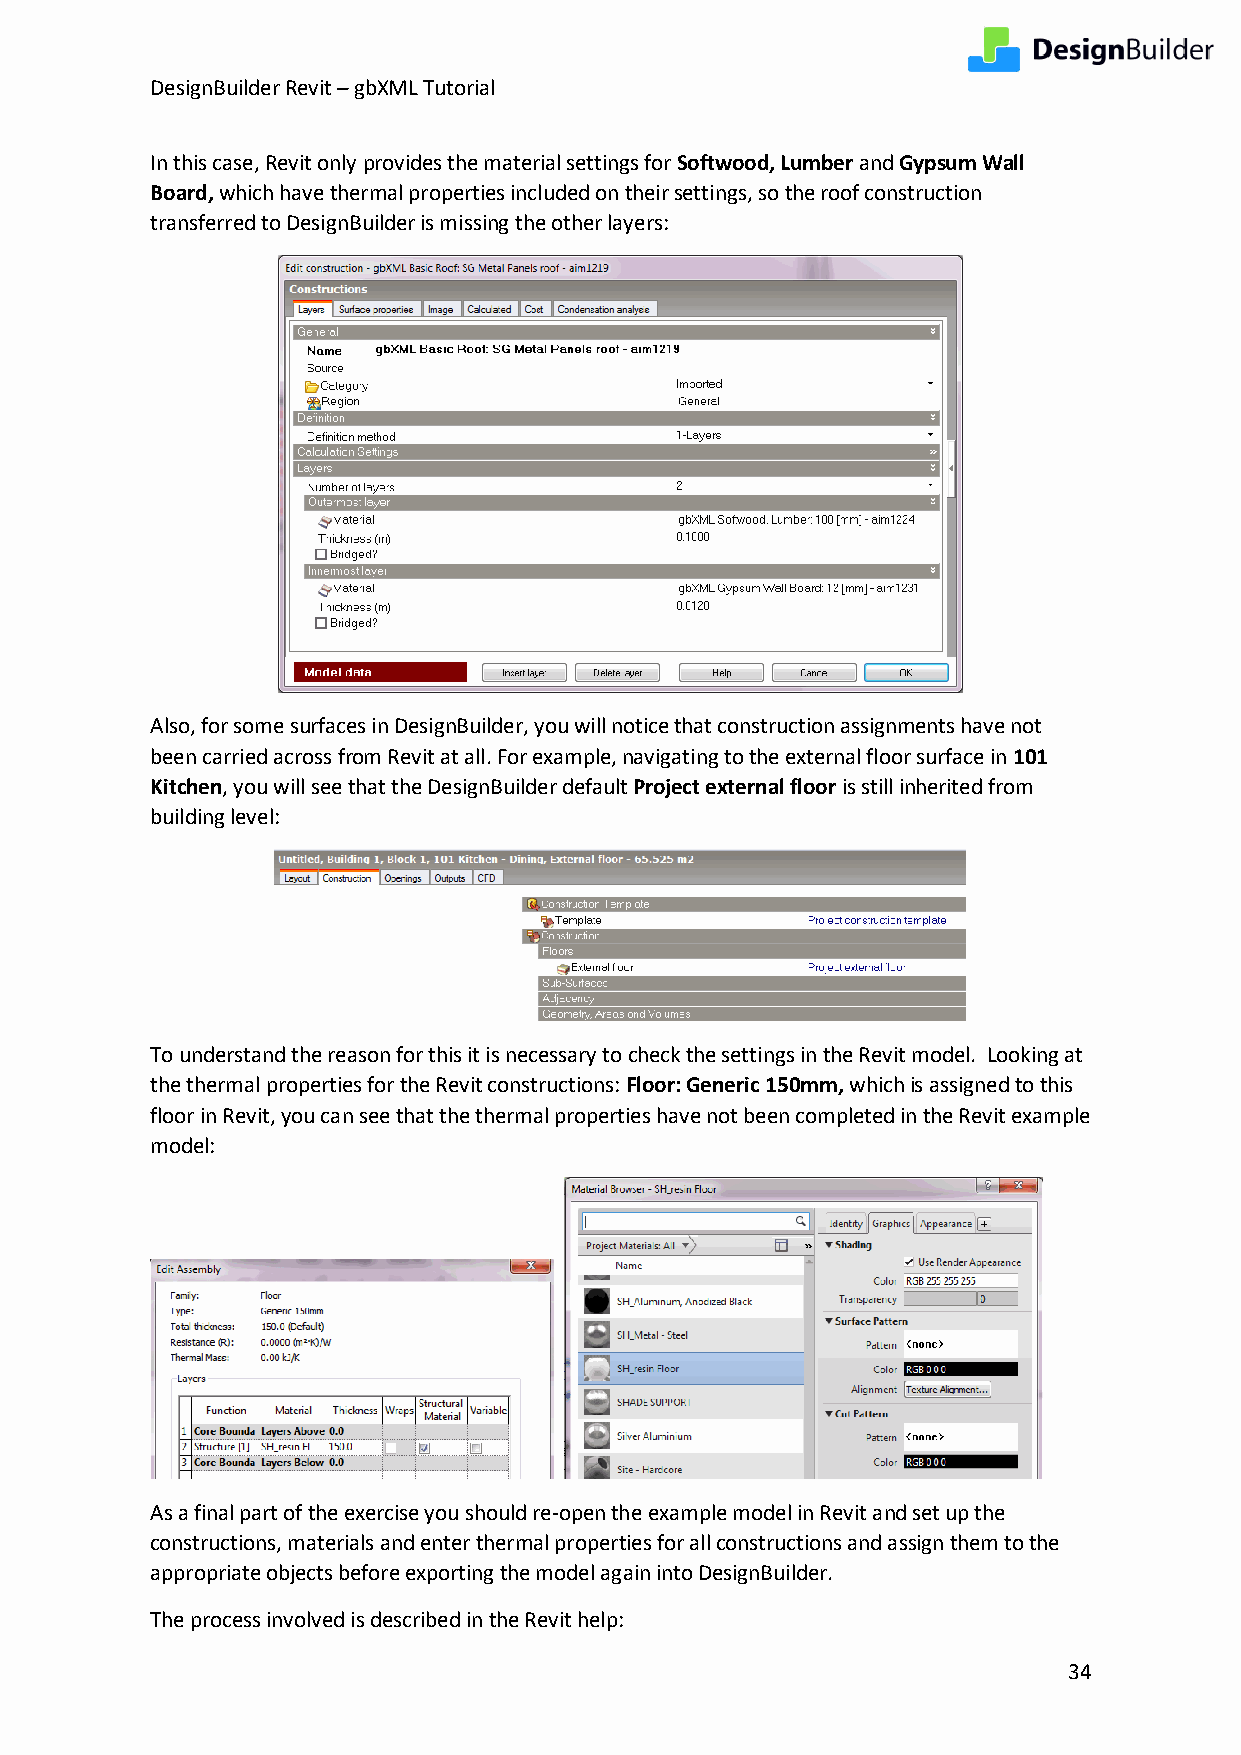
DesignBuilder Revit – gbXML Tutorial
 In this case, Revit only provides the material settings for Softwood, Lumber and Gypsum Wall
 Board, which have thermal properties included on their settings, so the roof construction
 transferred to DesignBuilder is missing the other layers:
 Also, for some surfaces in DesignBuilder, you will notice that construction assignments have not
 been carried across from Revit at all. For example, navigating to the external floor surface in 101
 Kitchen, you will see that the DesignBuilder default Project external floor is still inherited from
 building level:
 To understand the reason for this it is necessary to check the settings in the Revit model. Looking at
 the thermal properties for the Revit constructions: Floor: Generic 150mm, which is assigned to this
 floor in Revit, you can see that the thermal properties have not been completed in the Revit example
 model:
 As a final part of the exercise you should re-open the example model in Revit and set up the
 constructions, materials and enter thermal properties for all constructions and assign them to the
 appropriate objects before exporting the model again into DesignBuilder.
 The process involved is described in the Revit help:
 34